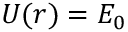
U ( r ) = { \cal { E } } _ { 0 }